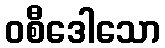
ဝစီဒေါသော